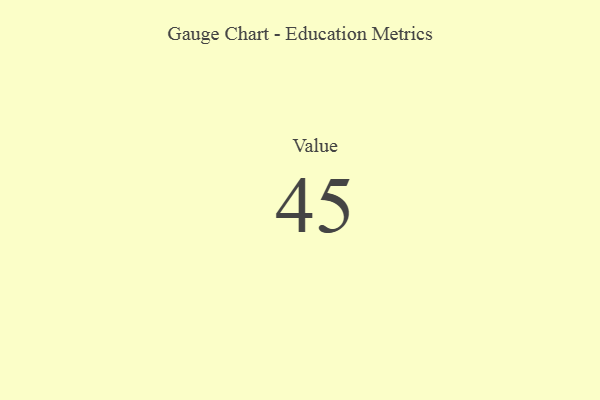
{"axis": {"x": "Metric", "y": "Value"}, "legend": [""], "data": [{"x": "Value", "y": 45, "type": ""}]}